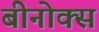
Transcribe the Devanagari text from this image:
बीनोक्स